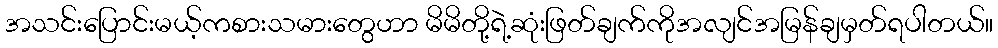
အသင်းပြောင်းမယ့်ကစားသမားတွေဟာ မိမိတို့ရဲ့ဆုံးဖြတ်ချက်ကိုအလျင်အမြန်ချမှတ်ရပါတယ်။